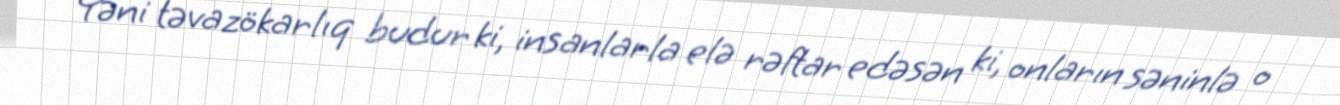
Yəni təvazökarlıq budur ki, insanlarla elə rəftar edəsən ki, onların səninlə o